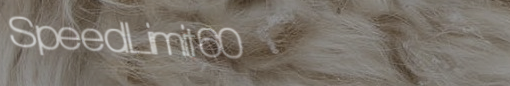
SpeedLimit60